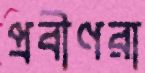
প্রবীণরা